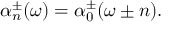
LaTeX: \alpha _ { n } ^ { \pm } ( \omega ) = \alpha _ { 0 } ^ { \pm } ( \omega \pm n ) .